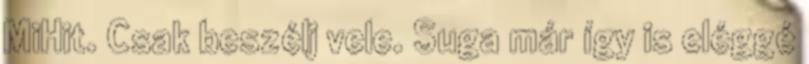
MiHit. Csak beszélj vele. Suga már így is eléggé